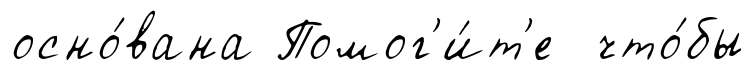
осно́вана Помог'и́т'е что́бы